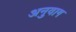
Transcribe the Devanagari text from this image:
अनुवाग